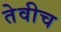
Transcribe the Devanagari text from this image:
तेवीच